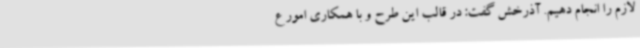
لازم را انجام دهیم. آذرخش گفت: در قالب این طرح و با همکاری امور ع